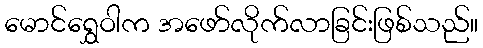
မောင်ရွှေဝါက အဖော်လိုက်လာခြင်းဖြစ်သည်။